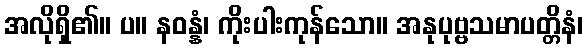
အလိုရှိ၏။ ပ။ နဝန္နံ၊ ကိုးပါးကုန်သော။ အနုပုဗ္ဗသမာပတ္တိနံ၊